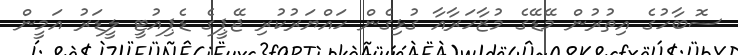
ސޮބާހުގެ އިތުރުން މޭޑޭގެ މުޒާހަރާއާ ގުޅިގެން ހައްޔަރުކުރި ޖޭޕީގެ ޑެޕިއުޓީ ލީޑަރު އަމީން